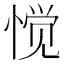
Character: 𱞶